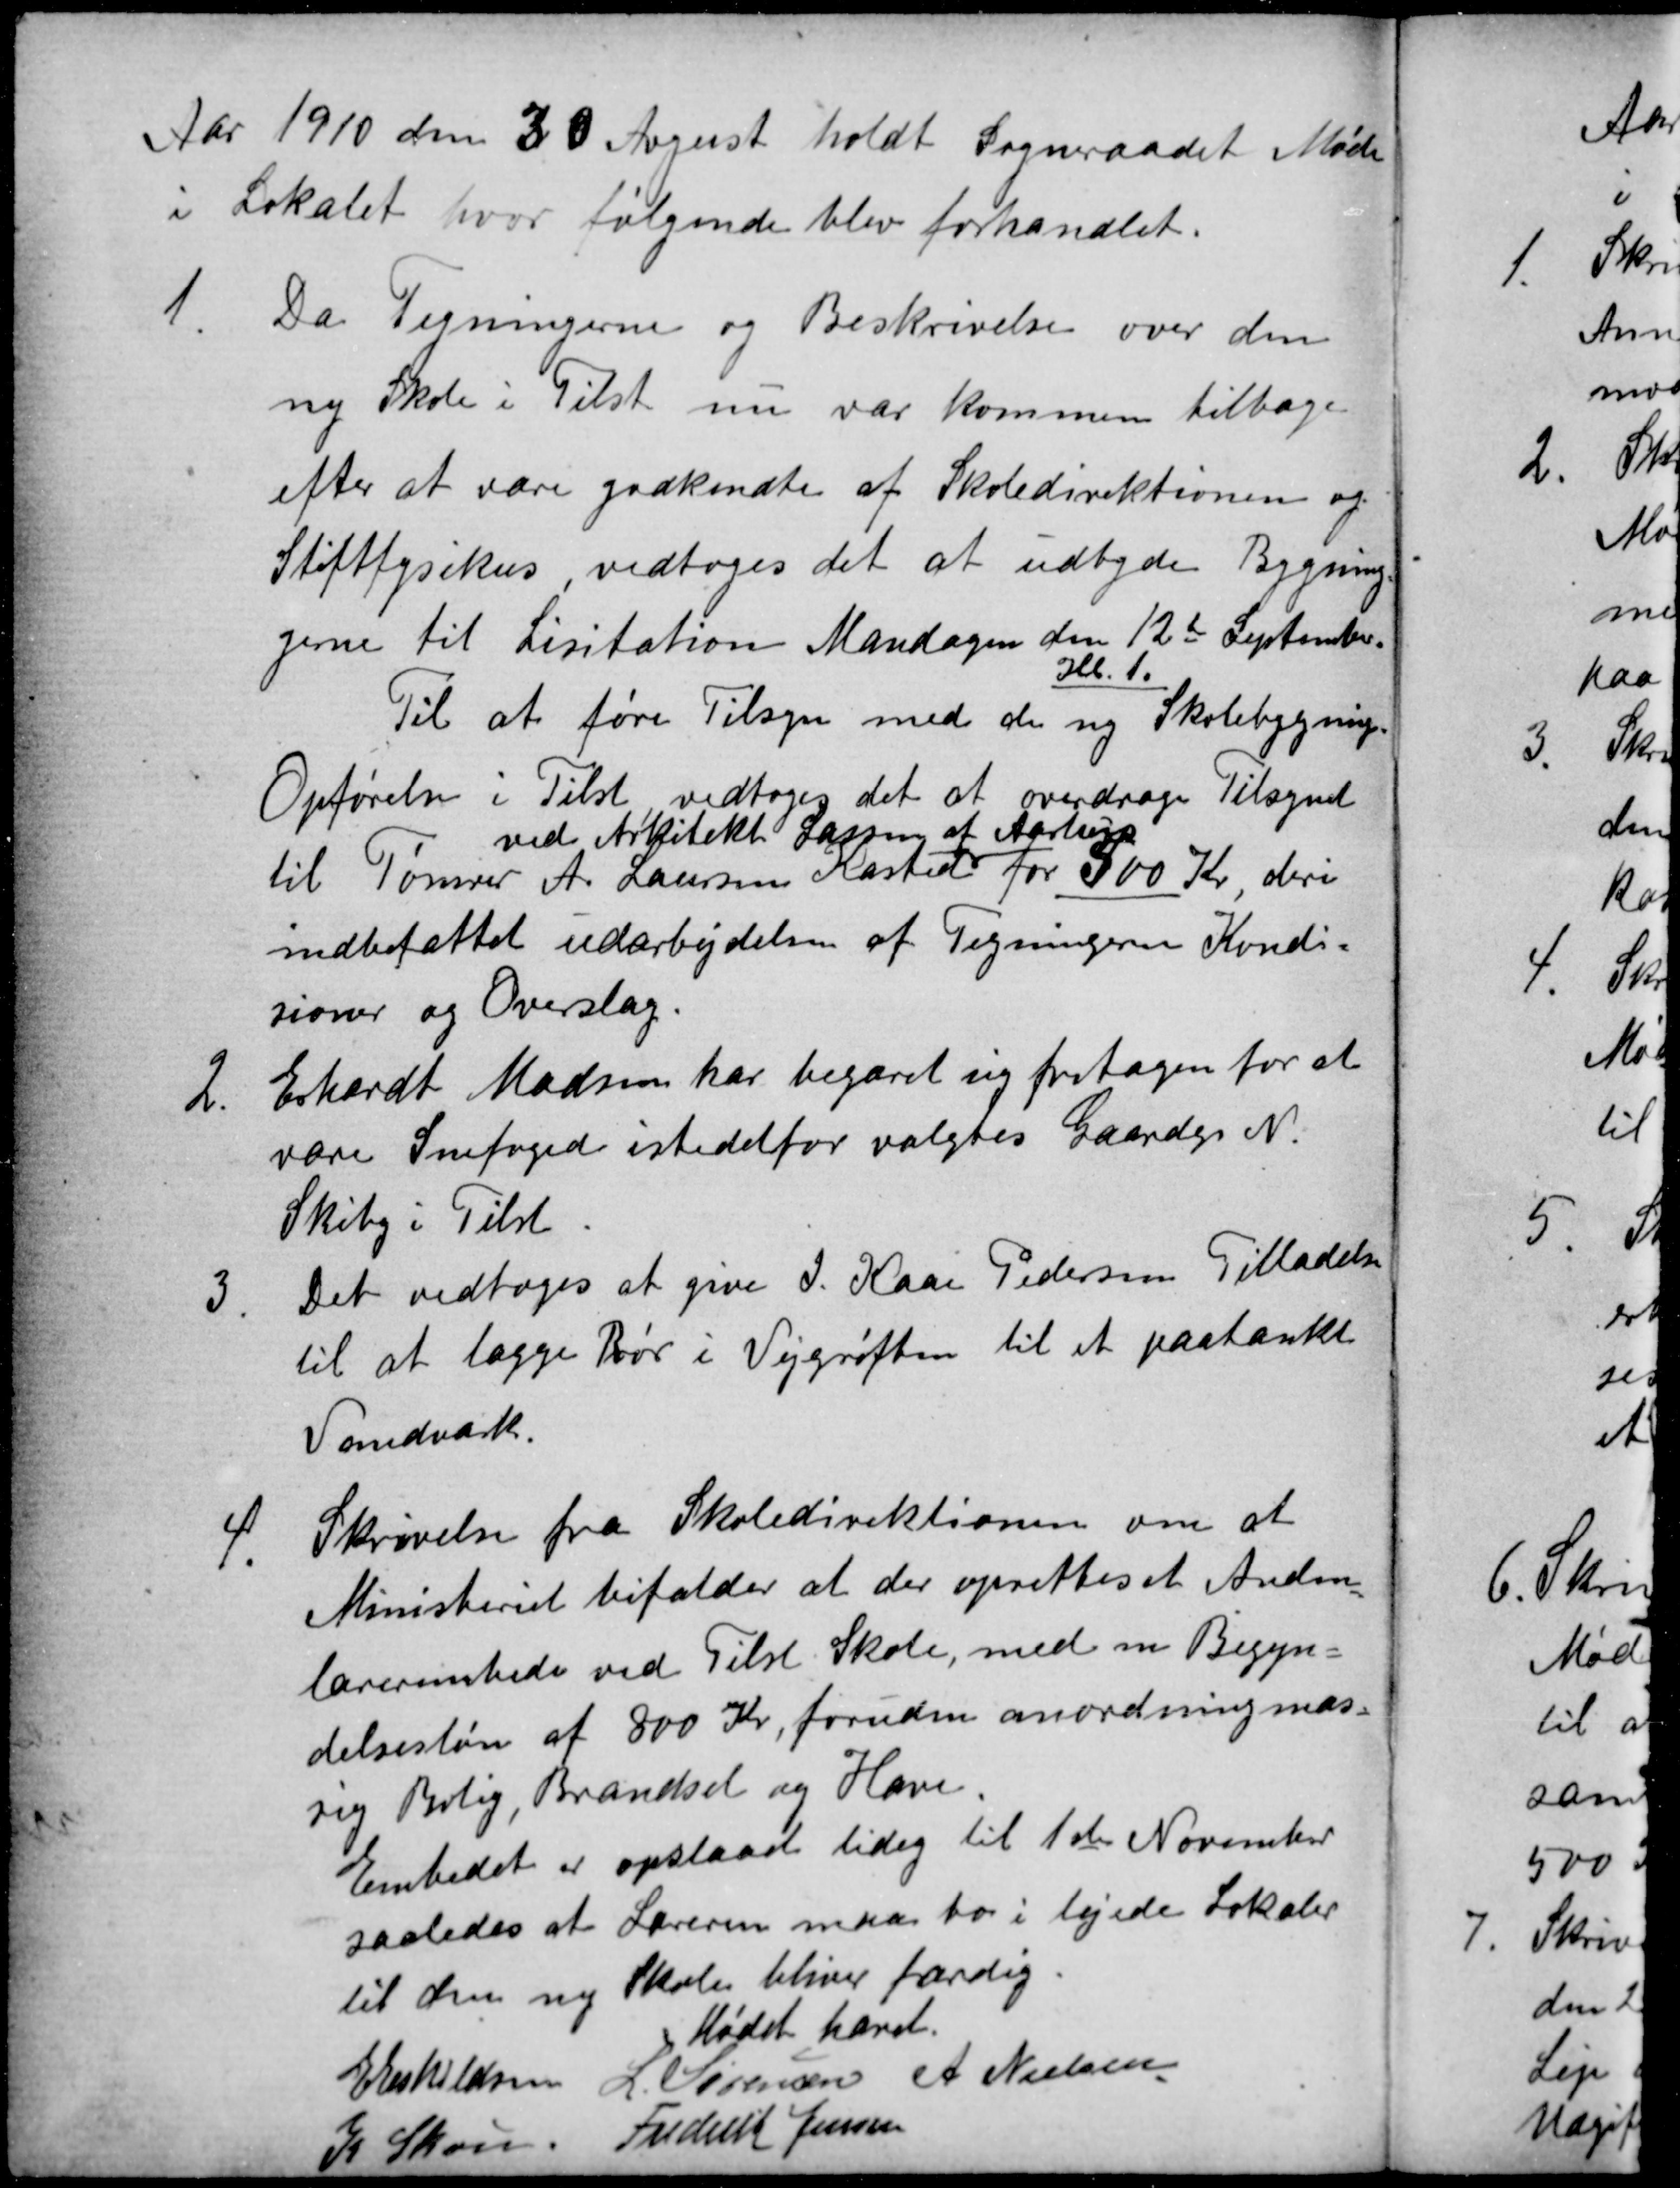
Transskription:
Aar 1910 den 30 August holdt Sogneraadet Møde
i Lokalet, hvor følgende blev forhandlet.
1.
Da Tegningerne og Beskrivelse over den
ny Skole i Tilst nu var kommen tilbage
efter at være godkendte af Skoledirektionen og
Stiftfysikus, vedtoges det at udbyde Bygning
gerne til Lisitation Mandagen den 12te September.
Kl. 1.
Til at føre Tilsyn med de ny Skolebygnings
Opførelse i Tilst vedtoges det at overdrage Tilsynet
til Tømrer A. Laursen Kasted
ved Arkitekt Lassen af Aarhus
for 500 Kr, deri
indbefattet udarbejdelsen af Tegningerne Kondi-
sioner og Overslag.
2.
Erhardt Madsen har begæret sig fritagen for at
være Snefoged istedetfor valgtes Gaardejr N.
Skiby i Tilst
3
Det vedtoges at give J. Kaae Pedersen Tilladelse
til at lægge Rør i Vejgrøften til et paatænkt
Vandværk.
4.
Skrivelse fra Skoledirektionen om at
Ministeriet bifalder at der oprettes et Anden=
lærerembede ved Tilst Skole, med en Begyn=
delsesløn af 800 Kr, foruden anordningmæs-
sig Bolig, Brændsel og Have.
Embedet er opslaaet ledig til 1ste November
saaledes at Læreren maa bo i lejede Lokaler
til den ny Skole bliver færdig.
Mødet hævet.
E Eskildsen
Sørensen
A Nielsen
K Skou.
Frederik Jensen